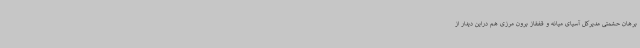
برهان حشمتی مدیرکل آسیای میانه و قفقاز برون مرزی هم دراین دیدار از